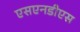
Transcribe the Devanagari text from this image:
एसएनडीएस